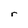
Character: r